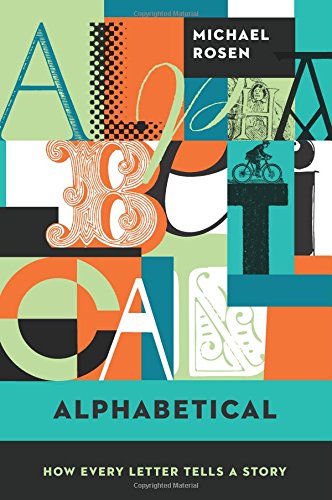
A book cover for Alphabetical: How Every Letter Tells a Story; Michael Rosen; Reference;